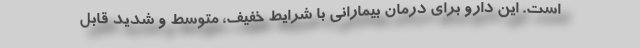
است. این دارو برای درمان بیمارانی با شرایط خفیف، متوسط و شدید قابل